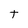
Character: t